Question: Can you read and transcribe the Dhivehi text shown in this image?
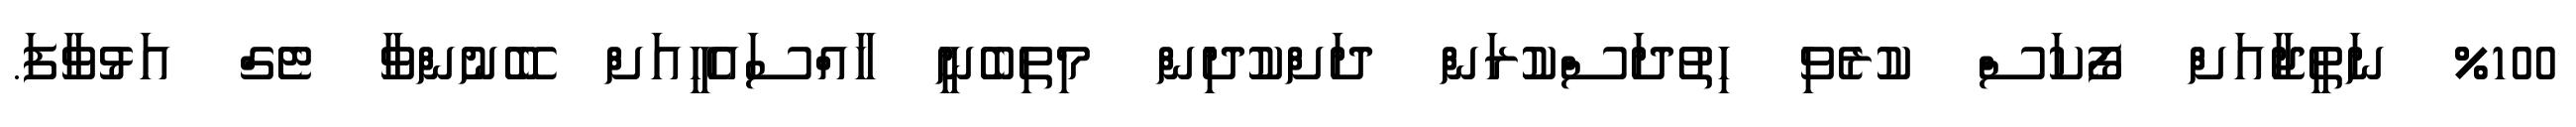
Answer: %100 ނަތީޖާއަށް ފޯކަސް ކުރެވި ހިތުދަސްކުރަން ދަށްކުދިން މިތިބެނީ ހާއްސައެހީއަށް ބޭނުންވާ ޓެގް އަޅުވާފަ.